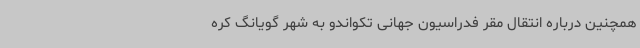
همچنین درباره انتقال مقر فدراسیون جهانی تکواندو به شهر گویانگ کره